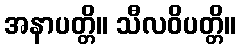
အနာပတ္တိ။ သီလဝိပတ္တိ။